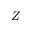
Z